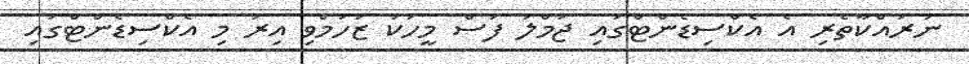
ނުރައްކާތެރި އެ އެކްސިޑެންޓްގައި ޖުމްލަ ފަސް މީހަކު ޒަހަމްވި އިރު މި އެކްސިޑެންޓްގައި